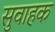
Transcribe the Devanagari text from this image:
सुवाहक